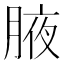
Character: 腋